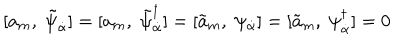
[ a _ { m } , \; \tilde { \psi } _ { \dot { \alpha } } ] = [ a _ { m } , \; \tilde { \psi } _ { \dot { \alpha } } ^ { \dagger } ] = [ \tilde { a } _ { m } , \; \psi _ { \dot { \alpha } } ] = [ \tilde { a } _ { m } , \; \psi _ { \dot { \alpha } } ^ { \dagger } ] = 0